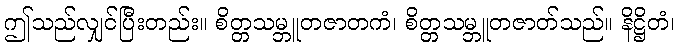
ဤသည်လျှင်ပြီးတည်း။ စိတ္တသမ္ဘူတဇာတကံ၊ စိတ္တသမ္ဘူတဇာတ်သည်။ နိဋ္ဌိတံ၊